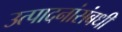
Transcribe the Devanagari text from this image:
उत्पादनांसंबधी